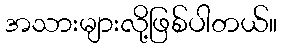
အသားများလို့ဖြစ်ပါတယ်။